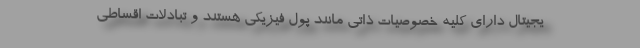
یجیتال دارای کلیه خصوصیات ذاتی مانند پول فیزیکی هستند و تبادلات اقساطی